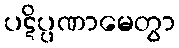
ပဋိပ္ပဏာမေတွာ